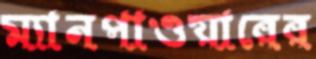
ম্যানপাওয়ারের